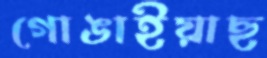
গোঙাইয়াছ